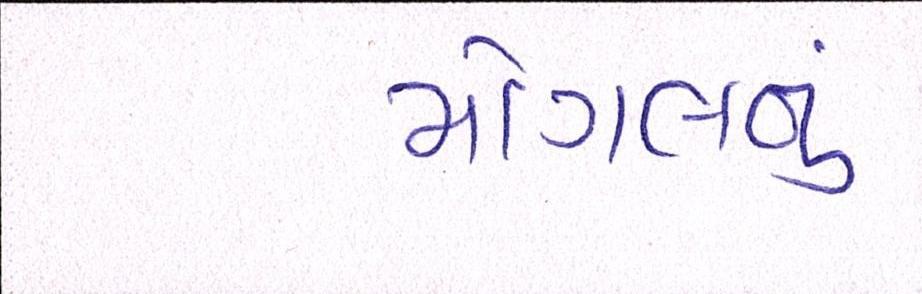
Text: મોગલનું